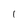
Character: 1